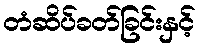
တံဆိပ်ခတ်ခြင်းနှင့်